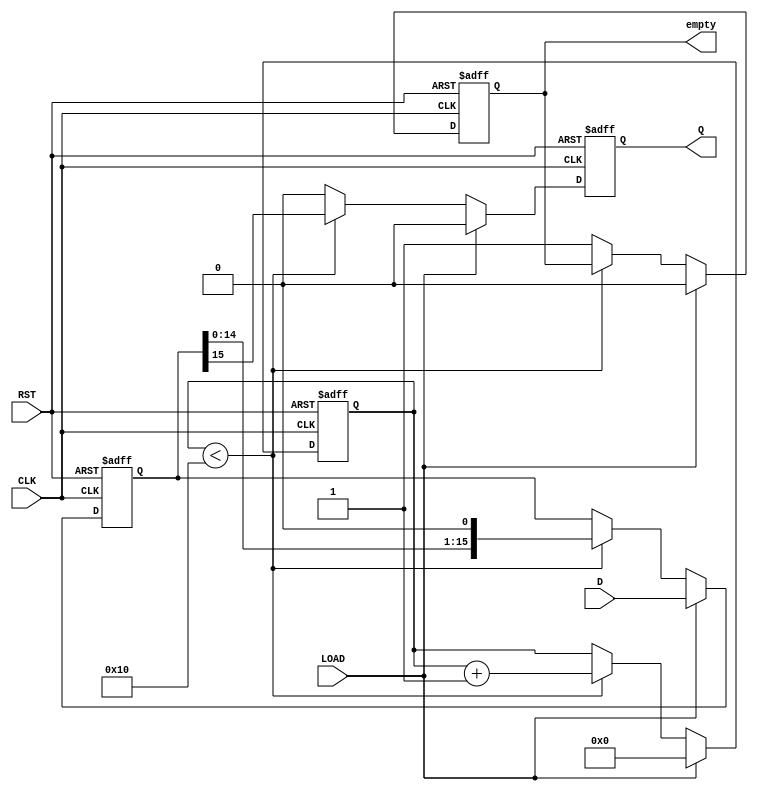
module PISO_Register (
    input wire [15:0] D,      // 16-bit parallel data input
    input wire LOAD,          // Load control signal
    input wire CLK,           // Clock signal
    input wire RST,           // Reset signal
    output reg Q,             // Serial output
    output reg empty          // Output valid status
);

    reg [15:0] shift_reg;     // Internal register to hold parallel data
    reg [4:0] bit_count;      // To count the number of bits shifted out

    // Process the register on clock edges
    always @(posedge CLK or posedge RST) begin
        if (RST) begin
            // Reset all registers
            shift_reg <= 16'b0;
            Q <= 1'b0;
            bit_count <= 5'b0;
            empty <= 1'b1;     // Initially empty
        end else if (LOAD) begin
            // Load data when LOAD is asserted
            shift_reg <= D;
            Q <= 1'b0;         // Output stable until shifting begins
            bit_count <= 5'd0; // Reset bit counter
            empty <= 1'b0;     // Data is loaded, not empty
        end else begin
            // Shift out data when LOAD is not asserted
            if (bit_count < 16) begin
                Q <= shift_reg[15]; // Output the MSB
                shift_reg <= {shift_reg[14:0], 1'b0}; // Shift left
                bit_count <= bit_count + 1; // Increment bit counter
            end else begin
                Q <= 1'b0;         // Output zero once all bits are shifted
                empty <= 1'b1;     // Mark as empty after shifting
            end
        end
    end
endmodule